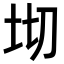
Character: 𭎄